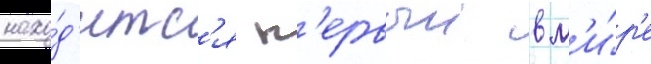
нахо́д'итс'я п'ервыи в м'и́р'е